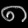
Digit: ၈